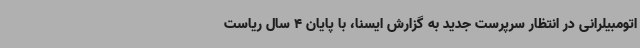
اتومبیلرانی در انتظار سرپرست جدید به گزارش ایسنا، با پایان 4 سال ریاست